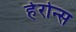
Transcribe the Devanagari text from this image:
हेरोन्स